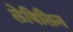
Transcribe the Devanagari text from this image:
लेविलिन